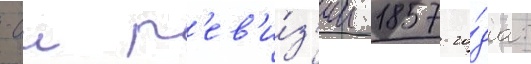
-ои р'ев'и́з'ии 1857 го́да: